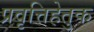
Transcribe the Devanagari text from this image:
प्रवृत्तिहेतुक